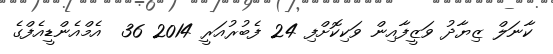
ކާނަލް ޒިޔާދު ވަޒީފާއިން ވަކިކޮށްފި 24 ފެބުރުއަރީ 2014 36  އެމްއެންޑީއެފްގެ